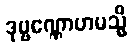
ဒုဗ္ဗဏ္ဏောဟမသ္မိ